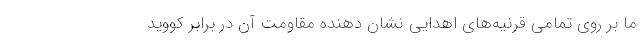
ما بر روی تمامی قرنیه‌های اهدایی نشان دهنده مقاومت آن در برابر کووید